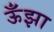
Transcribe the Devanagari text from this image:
ऊँझा